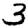
Digit: 3